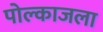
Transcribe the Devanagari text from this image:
पोल्काजला